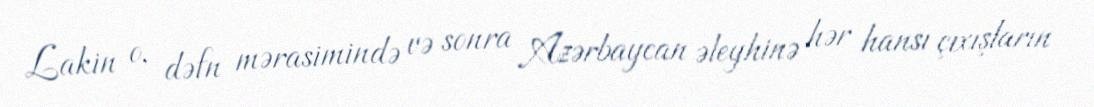
Lakin o, dəfn mərasimində və sonra Azərbaycan əleyhinə hər hansı çıxışların